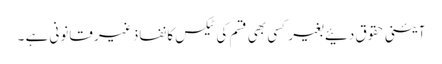
آئینی حقوق دئیے بغیر کسی بھی قسم کی ٹیکس کا نفاذ غیر قانونی ہے ۔